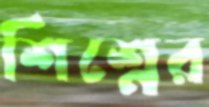
শিশ্নের